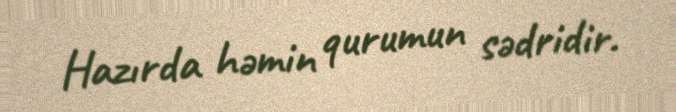
Hazırda həmin qurumun sədridir.